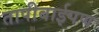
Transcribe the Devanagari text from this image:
तापीबाईपण